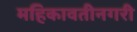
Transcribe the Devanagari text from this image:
महिकावतीनगरी